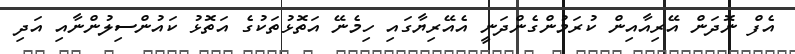
އެފް ނޮދަން އޭރިއާއިން ކުރަމުންގެންދަނީ އެއޭރިޔާގައި ހިމެނޭ އަތޮޅުތަކުގެ އަތޮޅު ކައުންސިލުންނާއި އަދި